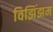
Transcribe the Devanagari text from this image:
विझिंझम